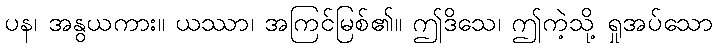
ပန၊ အနွယကား။ ယဿာ၊ အကြင်မြစ်၏။ ဤဒိသေ၊ ဤကဲ့သို့ ရှုအပ်သော